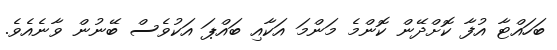
ބަހައްޓާ އުފާ ކޮށްދޭން ކޮންމެ މަންމަ އަކާއި ބައްޕަ އަކުވެސް ބޭނުން ވާނެއެވެ.